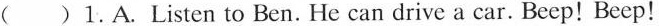
( )1.A.Listen to Ben. He can drive a car. Beep! Beep!